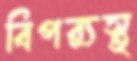
বিপর্যস্থ